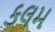
કલમ